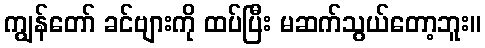
ကျွန်တော် ခင်ဗျားကို ထပ်ပြီး မဆက်သွယ်တော့ဘူး။